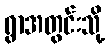
ရွာအတွင်းသို့